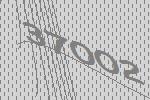
37002